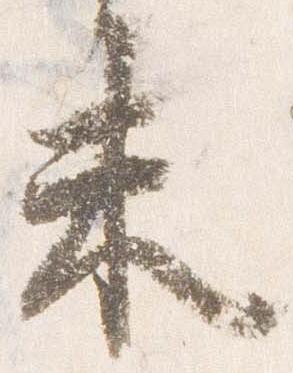
未